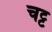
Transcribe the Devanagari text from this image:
चट्ट